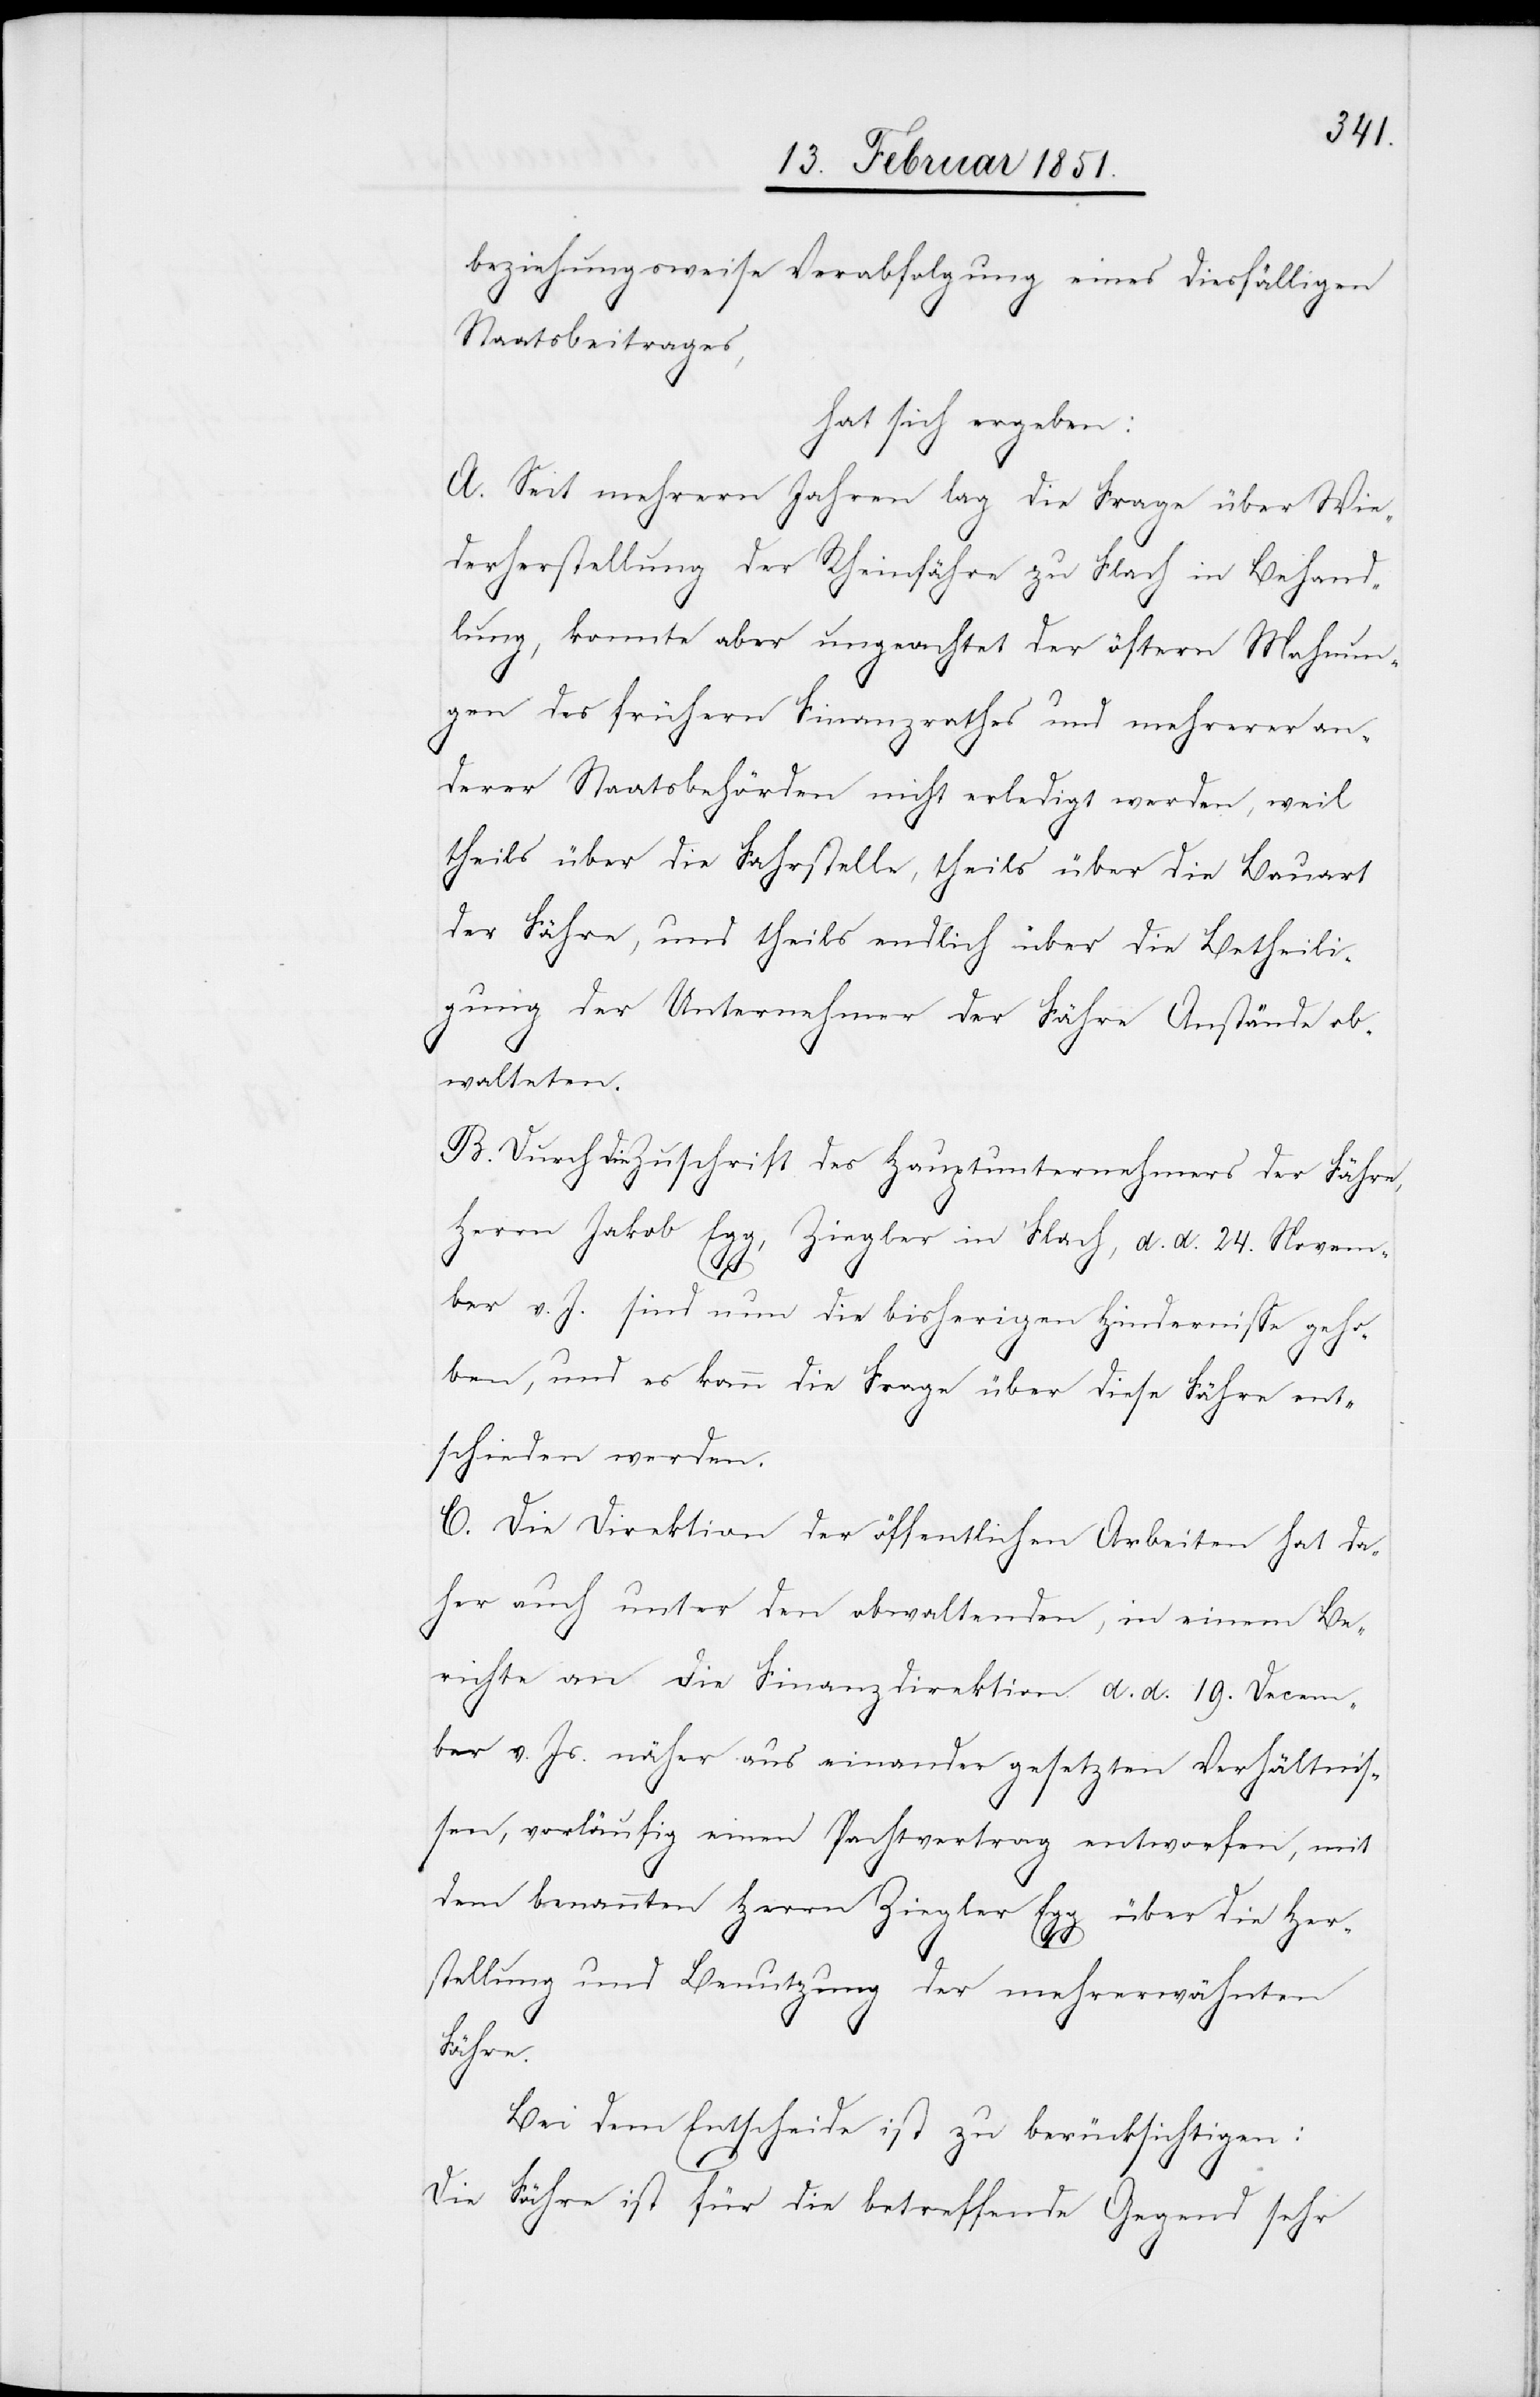
beziehungsweise Verabfolgung eines diesfälligen
Staatsbeitrages,
hat sich ergeben:
A. Seit mehrern Jahren lag die Frage über Wie¬
derherstellung der Rheinfähre zu Flach in Behand¬
lung, konnte aber ungeachtet der öftern Mahnun¬
gen des frühern Finanzrathes und mehrerer an¬
derer Staatsbehörden nicht erledigt werden, weil
theils über die Fahrstelle, theils über die Bauart
der Fähre, und theils endlich über die Betheili¬
gung der Unternehmer der Fähre Anstände ob¬
walteten.
B. Durch die Zuschrift des Hauptunternehmers der Fähre,
Herrn Jakob Egg, Ziegler in Flach, d. d. 24. Novem¬
ber v. J. sind nun die bisherigen Hindernisse geho¬
ben, und es kann die Frage über diese Fähre ent¬
schieden werden.
C. Die Direktion der öffentlichen Arbeiten hat da¬
her auch unter den obwaltenden, in einem Be¬
richte an die Finanzdirektion d. d. 19. Decem¬
ber v. Js. näher aus einander gesetzten Verhältnis¬
sen, vorläufig einen Pachtvertrag entworfen, mit
dem benannten Herrn Ziegler Egg über die Her¬
stellung und Benutzung der mehrerwähnten
Fähre.
Bei dem Entscheide ist zu berücksichtigen:
Die Fähre ist für die betreffende Gegend sehr